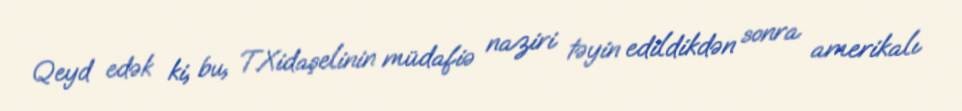
Qeyd edək ki, bu, T.Xidaşelinin müdafiə naziri təyin edildikdən sonra amerikalı